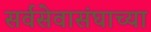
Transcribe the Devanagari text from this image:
सर्वसेवासंघाच्या